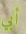
أبي